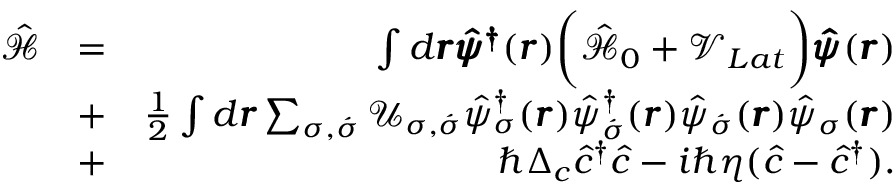
\begin{array} { r l r } { \hat { \mathcal { H } } } & { = } & { \int d \pmb { r } \pmb { \hat { \psi } ^ { \dag } } ( \pmb { r } ) \bigg ( \hat { \mathcal { H } } _ { 0 } + \mathcal { V } _ { L a t } \bigg ) \pmb { \hat { \psi } } ( \pmb { r } ) } \\ & { + } & { \frac { 1 } { 2 } \int d \pmb { r } \sum _ { \sigma , \acute { \sigma } } \mathcal { U } _ { \sigma , \acute { \sigma } } \hat { \psi } _ { \sigma } ^ { \dag } ( \pmb { r } ) \hat { \psi } _ { \acute { \sigma } } ^ { \dag } ( \pmb { r } ) \hat { \psi } _ { \acute { \sigma } } ( \pmb { r } ) \hat { \psi } _ { \sigma } ( \pmb { r } ) } \\ & { + } & { \hbar \Delta _ { c } \hat { c } ^ { \dag } \hat { c } - i \hbar \eta ( \hat { c } - \hat { c } ^ { \dag } ) . } \end{array}